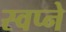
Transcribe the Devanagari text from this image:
स्वप्‍ने